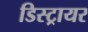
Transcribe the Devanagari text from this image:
डिस्ट्रायर